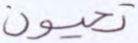
تحيون